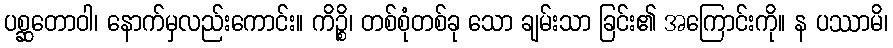
ပစ္ဆတောဝါ၊ နောက်မှလည်းကောင်း။ ကိဉ္စိ၊ တစ်စုံတစ်ခု သော ချမ်းသာ ခြင်း၏ အကြောင်းကို။ န ပဿာမိ၊